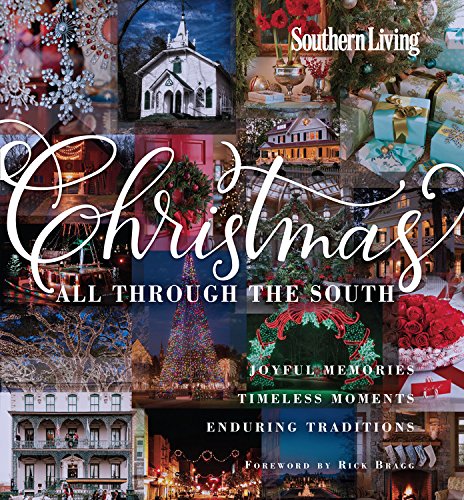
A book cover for Southern Living Christmas All Through The South: Joyful Memories, Timeless Moments, Enduring Traditions; The Editors of Southern Living Magazine; Cookbooks, Food & Wine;